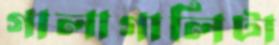
গালাগালিটা